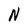
Character: N